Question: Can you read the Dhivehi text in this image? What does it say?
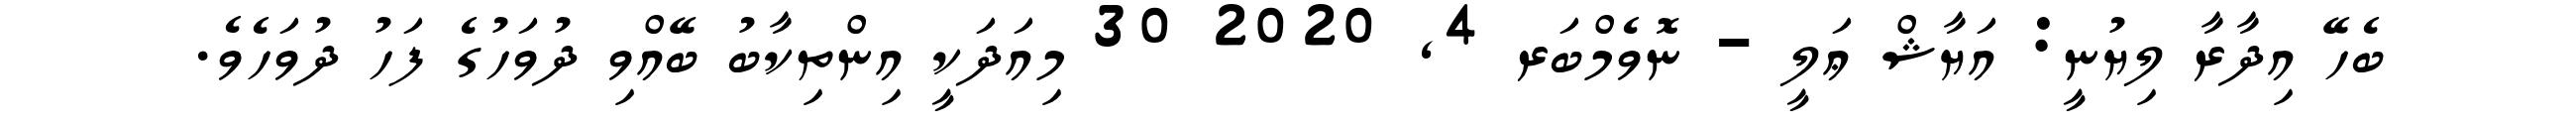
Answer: ބެހޭ އިދާރާ ލިޔުނީ: އަޔާޝް ޢަލީ - ނޮވެމްބަރ 4, 2020 30 މިއަދަކީ އިންތިކާބު ބޭއްވި ދުވަހުގެ ފަހު ދުވަހެވެ.